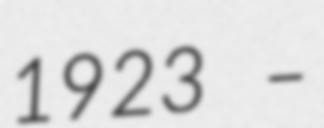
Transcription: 1923 –